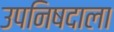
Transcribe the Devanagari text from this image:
उपनिषदाला